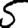
Digit: 5